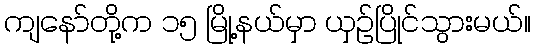
ကျနော်တို့က ၁၅ မြို့နယ်မှာ ယှဉ်ပြိုင်သွားမယ်။